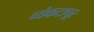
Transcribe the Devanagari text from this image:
व्यंकटापूर